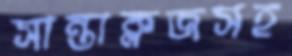
সান্তাক্লজসহ